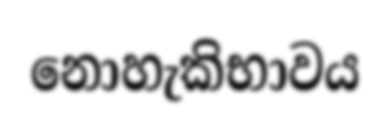
නොහැකිභාවය